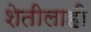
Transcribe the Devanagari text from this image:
शेतीलाही